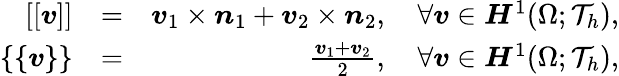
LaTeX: \begin{array}{rlr}{[[\boldsymbol{v}]]}&{=}&{\boldsymbol{v}_{1}\times\boldsymbol{n}_{1}+\boldsymbol{v}_{2}\times\boldsymbol{n}_{2},\quad\forall\boldsymbol{v}\in\boldsymbol{H}^{1}(\Omega;\mathcal{T}_{h}),}\\ {\{ \{ \boldsymbol{v}\} \} }&{=}&{\frac{\boldsymbol{v}_{1}+\boldsymbol{v}_{2}}{2},\quad\forall\boldsymbol{v}\in\boldsymbol{H}^{1}(\Omega;\mathcal{T}_{h}),}\end{array}